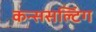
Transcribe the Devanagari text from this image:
कन्ससल्टिंग